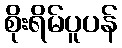
စိုးရိမ်ပူပန်